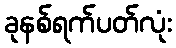
ခုနစ်ရက်ပတ်လုံး